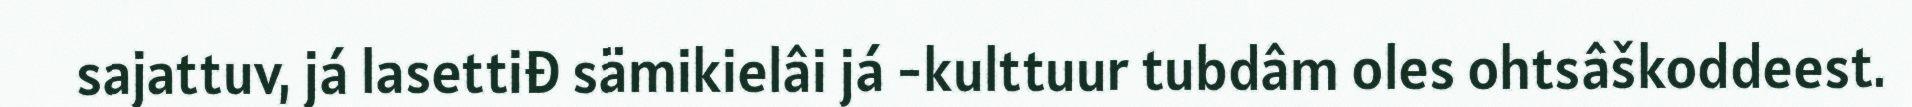
sajattuv, já lasettiđ sämikielâi já -kulttuur tubdâm oles ohtsâškoddeest.